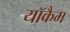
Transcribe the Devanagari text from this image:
याॅकैम